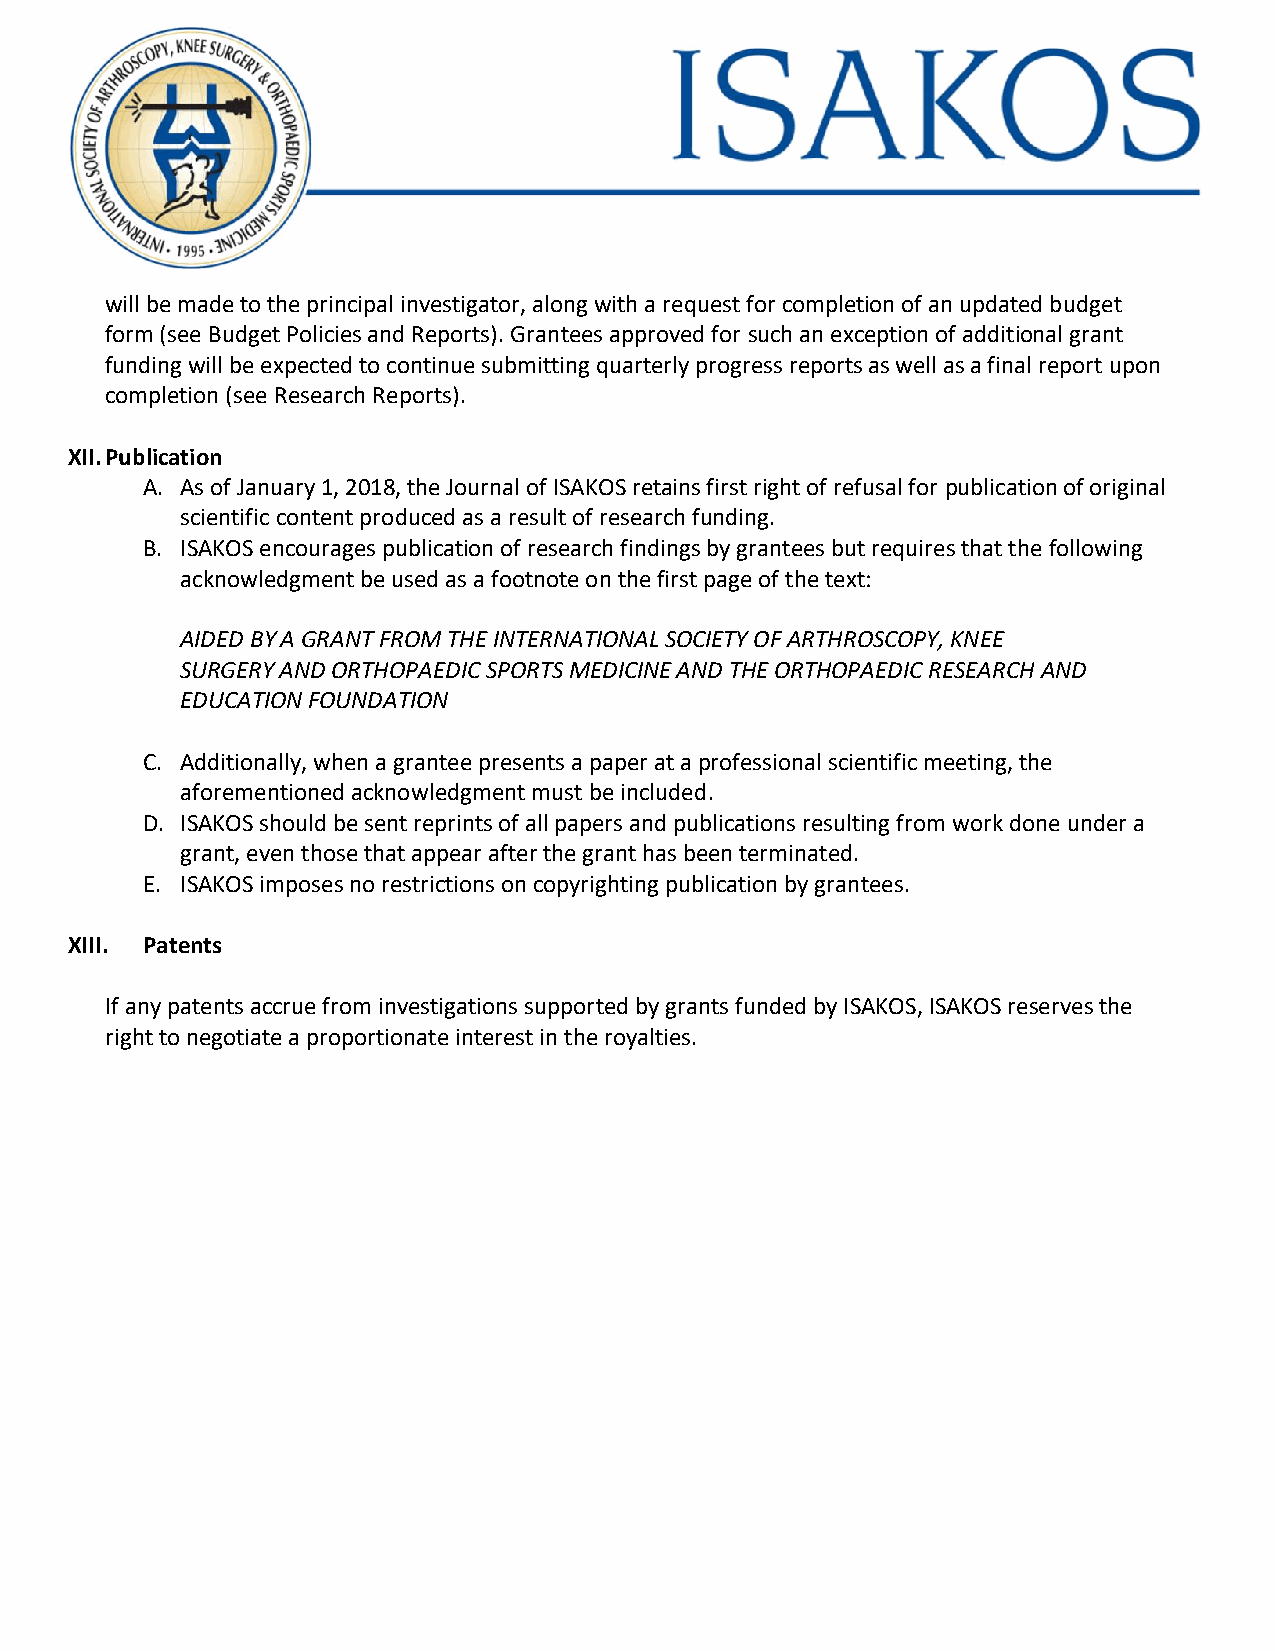
will be made to the principal investigator, along with a request for completion of an updated budget
 form (see Budget Policies and Reports). Grantees approved for such an exception of additional grant
 funding will be expected to continue submitting quarterly progress reports as well as a final report upon
 completion (see Research Reports).
 XII. Publication
 A. As of January 1, 2018, the Journal of ISAKOS retains first right of refusal for publication of original
 scientific content produced as a result of research funding.
 B. ISAKOS encourages publication of research findings by grantees but requires that the following
 acknowledgment be used as a footnote on the first page of the text:
 AIDED BY A GRANT FROM THE INTERNATIONAL SOCIETY OF ARTHROSCOPY, KNEE
 SURGERY AND ORTHOPAEDIC SPORTS MEDICINE AND THE ORTHOPAEDIC RESEARCH AND
 EDUCATION FOUNDATION
 C. Additionally, when a grantee presents a paper at a professional scientific meeting, the
 aforementioned acknowledgment must be included.
 D. ISAKOS should be sent reprints of all papers and publications resulting from work done under a
 grant, even those that appear after the grant has been terminated.
 E. ISAKOS imposes no restrictions on copyrighting publication by grantees.
 XIII. Patents
 If any patents accrue from investigations supported by grants funded by ISAKOS, ISAKOS reserves the
 right to negotiate a proportionate interest in the royalties.